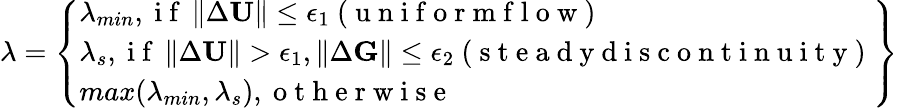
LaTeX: \lambda=\left\{ \begin{array}{l}{\lambda_{min},\mathrm{~i~f~}\left\| \Delta\textbf{U}\right\| \leq\epsilon_{1}\mathrm{~(~u~n~i~f~o~r~m~f~l~o~w~)~}}\\ {\lambda_{s},\mathrm{~i~f~}\left\| \Delta\textbf{U}\right\| >\epsilon_{1},\left\| \Delta\textbf{G}\right\| \leq\epsilon_{2}\mathrm{~(~s~t~e~a~d~y~d~i~s~c~o~n~t~i~n~u~i~t~y~)~}}\\ {max(\lambda_{min},\lambda_{s}),\mathrm{~o~t~h~e~r~w~i~s~e~}}\end{array}\right\}